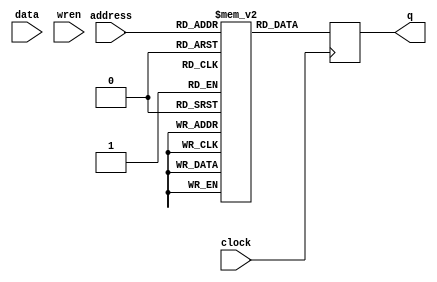
module testmem(
	address,
	clock,
	data,
	wren,
	q);

	input	[15:0]  address;
	input	  clock;
	input	[31:0]  data;
	input	  wren;
	output reg	[31:0]  q;
	
	reg [31:0] ram [65535:0];
	always@(posedge clock)
		q <= ram[address];
		
endmodule